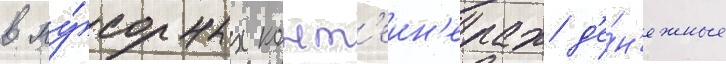
в му́сорных конт'еин'ерах д'е́н'ежные